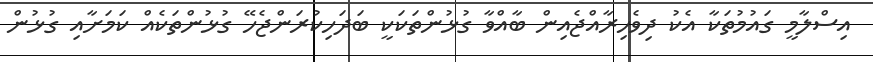
އިސްލާމީ ގައުމުތަކާ އެކު ދިވެހިރާއްޖެއިން ބާއްވާ ގުޅުންތަކަކީ ބަދަހިކުރަންޖެހޭ ގުޅުންތަކެއް ކަމަށާއި ގުޅުން